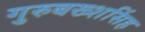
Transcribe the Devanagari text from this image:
गुरुबख्शसिंह